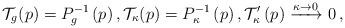
LaTeX: \begin{align*} \mathcal{T}_{g}(p)=P^{-1}_{g}\left(p\right), \mathcal{T}_{\kappa}(p)=P^{-1}_{\kappa}\left(p\right), \mathcal{T}_{\kappa}'\left(p\right)\xrightarrow{\kappa\to 0} 0 \,,\end{align*}